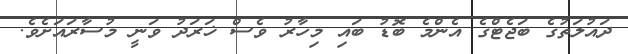
ދައުލަތުގެ ބަޖެޓްގެ އެންމެ ބޮޑު ބައި މިހާރު ވެސް ޚަރަދު ވަނީ މުސާރައަށެވެ.